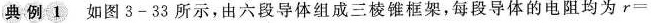
典例1 如图3-33所示，由六段导体组成三棱锥框架，每段导体的电阻均为$$r =